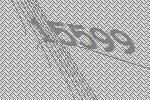
15599